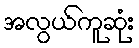
အလွယ်ကူဆုံး